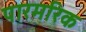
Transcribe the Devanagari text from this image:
पारमरिक